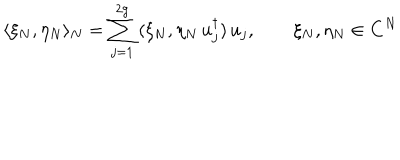
\langle \xi _ { N } , \eta _ { N } \rangle _ { N } = \sum _ { j = 1 } ^ { 2 g } \, ( \xi _ { N } , \eta _ { N } \, u _ { j } ^ { \dagger } ) \, u _ { j } , \qquad \xi _ { N } , \eta _ { N } \in { \bf C } ^ { N }